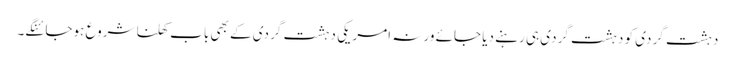
دہشت گردی کو دہشت گردی ہی رہنے دیا جائے ورنہ امریکی دہشت گردی کے بھی باب کھلنا شروع ہوجائنگے۔